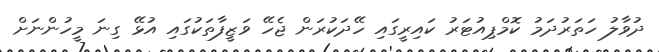
ދުވާލު ހަތަރުދަމު ކޮމްޕިއުޓަރު ކައިރީގައި ހޭދަކުރަން ޖެހޭ ވަޒީފާތަކުގައި އުޅޭ ގިނަ މީހުންނަށް